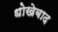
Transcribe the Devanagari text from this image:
धोखेबाद